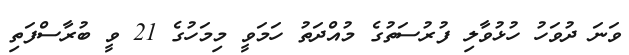
ވަނަ ދުވަހު ހުޅުވާލި ފުރުސަތުގެ މުއްދަތު ހަމަވީ މިމަހުގެ 21 ވީ ބުރާސްފަތި